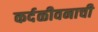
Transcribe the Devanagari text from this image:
कर्दळीवनाची